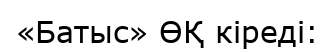
«Батыс» ӨҚ кіреді: